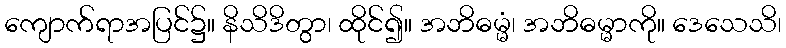
ကျောက်ရာအပြင်၌။ နိသိဒိတွာ၊ ထိုင်၍။ အဘိဓမ္မံ၊ အဘိဓမ္မာကို။ ဒေသေသိ၊